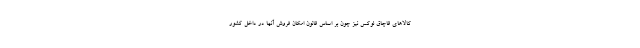
کالاهای قاچاق لوکس نیز چون بر اساس قانون امکان فروش آنها در داخل کشور